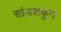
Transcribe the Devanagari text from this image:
सांजशकुन